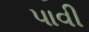
પાવી